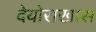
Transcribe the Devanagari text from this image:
देयोराखास